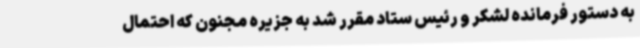
به دستور فرمانده لشکر و رئیس ستاد مقرر شد به جزیره مجنون که احتمال